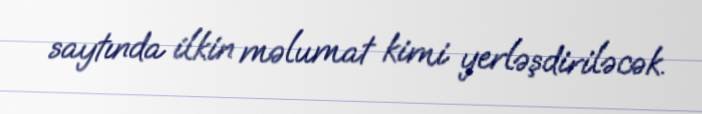
saytında ilkin məlumat kimi yerləşdiriləcək.